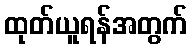
ထုတ်ယူရန်အတွက်